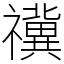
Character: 𥜥